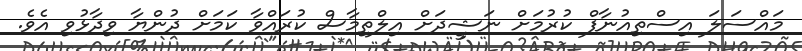
މައްސަލަ އިސްތިއުނާފް ކުރުމަށް ނަޝީދަށް އިލްތިމާސް ކުރައްވާ ކަމަށް ދުންޔާ ވިދާޅުވި އެވެ.